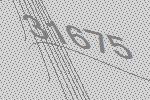
31675